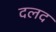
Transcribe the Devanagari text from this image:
दलद